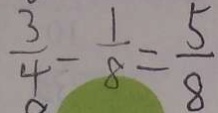
\frac { 3 } { 4 } - \frac { 1 } { 8 } = \frac { 5 } { 8 }